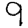
Digit: 9